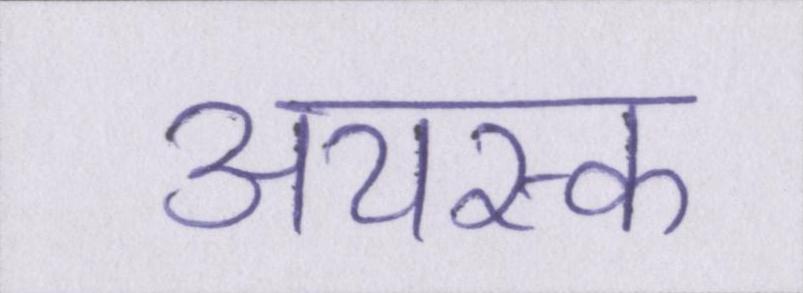
अयस्क